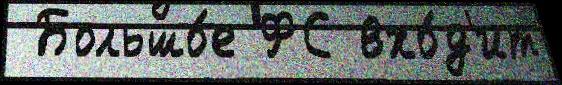
 Большо́е ФС вхо́д'ит